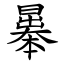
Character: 曓